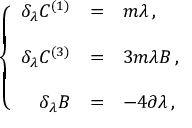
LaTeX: \left\{ \begin{array} { r c l } { { \delta _ { \lambda } C ^ { ( 1 ) } } } & { { = } } & { { m \lambda \, , } } \\ { { } } & { { } } & { { } } \\ { { \delta _ { \lambda } C ^ { ( 3 ) } } } & { { = } } & { { 3 m \lambda B \, , } } \\ { { } } & { { } } & { { } } \\ { { \delta _ { \lambda } B } } & { { = } } & { { - 4 \partial \lambda \, , } } \end{array} \right.